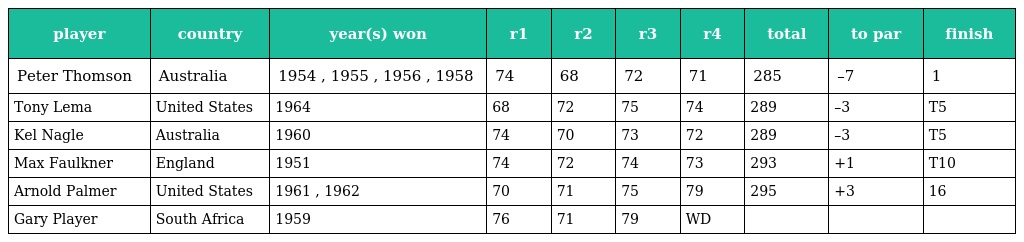
| player | country | year(s) won | r1 | r2 | r3 | r4 | total | to par | finish |
 | --- | --- | --- | --- | --- | --- | --- | --- | --- | --- |
 | Peter Thomson | Australia | 1954 , 1955 , 1956 , 1958 | 74 | 68 | 72 | 71 | 285 | –7 | 1 |
 | Tony Lema | United States | 1964 | 68 | 72 | 75 | 74 | 289 | –3 | T5 |
 | Kel Nagle | Australia | 1960 | 74 | 70 | 73 | 72 | 289 | –3 | T5 |
 | Max Faulkner | England | 1951 | 74 | 72 | 74 | 73 | 293 | +1 | T10 |
 | Arnold Palmer | United States | 1961 , 1962 | 70 | 71 | 75 | 79 | 295 | +3 | 16 |
 | Gary Player | South Africa | 1959 | 76 | 71 | 79 | WD |  |  |  |